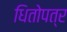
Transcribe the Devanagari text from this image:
धितोपत्र